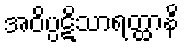
အဝိပ္ပဋိသာရတ္ထာနိ